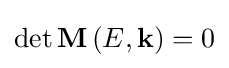
\det {\bf {M}}\left({E,{\bf {k}}}\right)=0